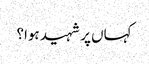
کہاں پر شہید ہوا؟